Report of the Indian Hemp Drugs Commission, 1894-1895 - Volume II
Year: 1894
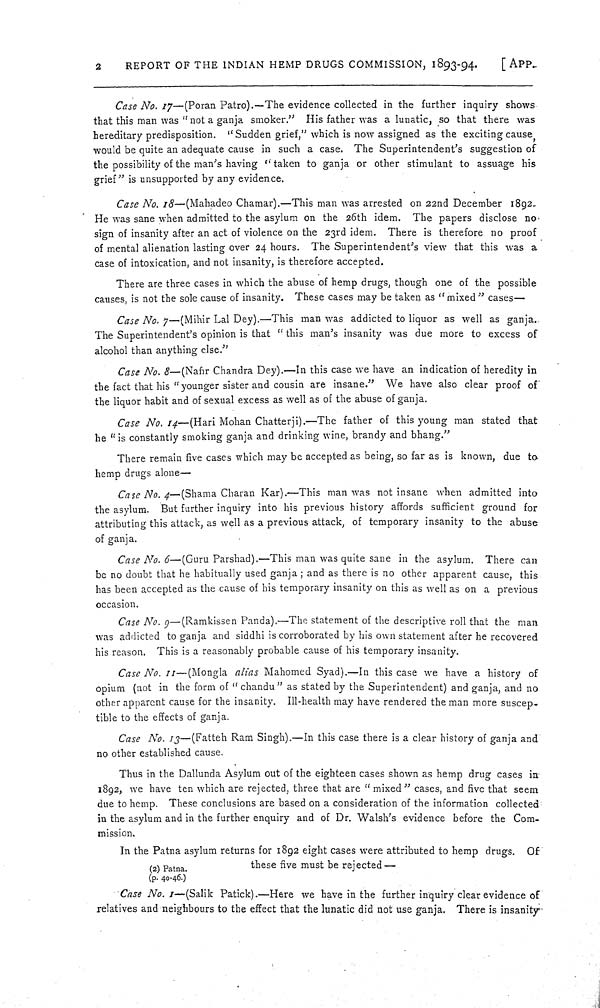
2
REPORT OF THE INDIAN HEMP DRUGS COMMISSION, 1893-94.
[APP.
Case No. 17—(Poran Patro).—The evidence collected in the further inquiry shows
that this man was "not a ganja smoker." His father was a lunatic, so that there was
hereditary predisposition. "Sudden grief," which is now assigned as the exciting cause,
would be quite an adequate cause in such a case. The Superintendent's suggestion of
the possibility of the man's having "taken to ganja or other stimulant to assuage his
grief" is unsupported by any evidence.
Case No. 18—(Mahadeo Chamar).—This man was arrested on 22nd December 1892.
He was sane when admitted to the asylum on the 26th idem. The papers disclose no
sign of insanity after an act of violence on the 23rd idem. There is therefore no proof
of mental alienation lasting over 24 hours. The Superintendent's view that this was a
case of intoxication, and not insanity, is therefore accepted.
There are three cases in which the abuse of hemp drugs, though one of the possible
causes, is not the sole cause of insanity. These cases may be taken as "mixed" cases—
Case No. 7—(Mihir Lal Dey).—This man was addicted to liquor as well as ganja.
The Superintendent's opinion is that "this man's insanity was due more to excess of
alcohol than anything else."
Case No. 8—(Nafir Chandra Dey).—In this case we have an indication of heredity in
the fact that his "younger sister and cousin are insane." We have also clear proof of
the liquor habit and of sexual excess as well as of the abuse of ganja.
Case No. 14—(Hari Mohan Chatterji).—The father of this young man stated that
he "is constantly smoking ganja and drinking wine, brandy and bhang."
There remain five cases which may be accepted as being, so far as is known, due to
hemp drugs alone—
Case No. 4—(Shama Charan Kar).—This man was not insane when admitted into
the asylum. But further inquiry into his previous history affords sufficient ground for
attributing this attack, as well as a previous attack, of temporary insanity to the abuse
of ganja.
Case No. 6—(Guru Parshad).—This man was quite sane in the asylum. There can
be no doubt that he habitually used ganja; and as there is no other apparent cause, this
has been accepted as the cause of his temporary insanity on this as well as on a previous
occasion.
Case No. 9—(Ramkissen Panda).—The statement of the descriptive roll that the man
was addicted to ganja and siddhi is corroborated by his own statement after he recovered
his reason. This is a reasonably probable cause of his temporary insanity.
Case No. 11—(Mongla alias Mahomed Syad).—In this case we have a history of
opium (not in the form of "chandu" as stated by the Superintendent) and ganja, and no
other apparent cause for the insanity. Ill-health may have rendered the man more suscep-
tible to the effects of ganja.
Case No. 13—(Fatteh Ram Singh).—In this case there is a clear history of ganja and
no other established cause.
Thus in the Dallunda Asylum out of the eighteen cases shown as hemp drug cases in
1892, we have ten which are rejected, three that are "mixed" cases, and five that seem
due to hemp. These conclusions are based on a consideration of the information collected
in the asylum and in the further enquiry and of Dr. Walsh's evidence before the Com-
mission.
(2) Patna.
(p. 40.46.)
In the Patna asylum returns for 1892 eight cases were attributed to hemp drugs. Of
these five must be rejected—
Case No. 1—(Salik Patick).—Here we have in the further inquiry clear evidence of
relatives and neighbours to the effect that the lunatic did not use ganja. There is insanity